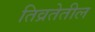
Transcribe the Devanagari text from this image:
तिव्रतेतील